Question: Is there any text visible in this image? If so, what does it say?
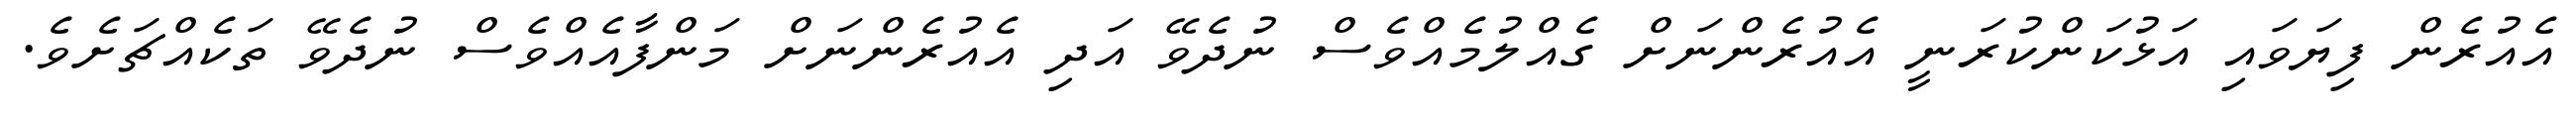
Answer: އެއުރެން ފިޔަވައި އަޅުކަންކުރަނީ އެއުރެންނަށް ގެއްލުމެއްވެސް ނުދެވޭ އަދި އެއުރެންނަށް މަންފާއެއްވެސް ނުދެވޭ ތަކެއްޗަށެވެ.